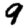
Digit: 9